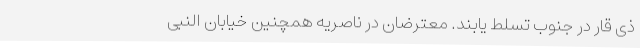
ذی قار در جنوب تسلط یابند. معترضان در ناصریه همچنین خیابان النبی